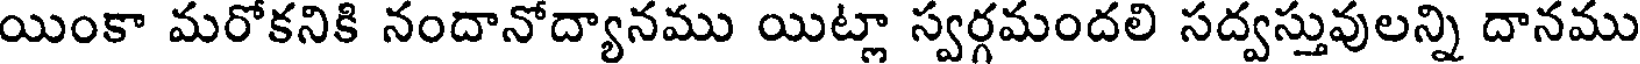
యింకా మరోకనికి నందానోద్యానము యిట్లా స్వర్గమందలి సద్వస్తువులన్ని దానము